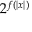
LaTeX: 2 ^ { f ( | x | ) }